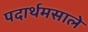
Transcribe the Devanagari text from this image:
पदार्थमसाले